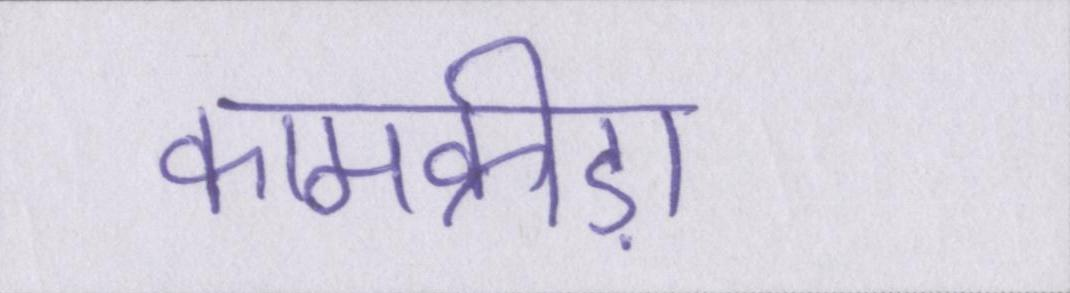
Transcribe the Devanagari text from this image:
कामक्रीड़ा